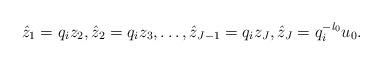
LaTeX: \begin{align*} \hat{z}_1 = q_i z_2, \hat{z}_2 = q_i z_3, \dots, \hat{z}_{J-1} = q_i z_J, \hat{z}_J = q_i^{-l_0} u_0. \end{align*}